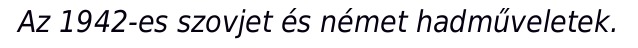
Az 1942-es szovjet és német hadműveletek.